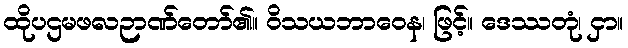
ထိုပဌမဖလဉာဏ်တော်၏။ ဝိသယဘာဝေန၊ ဖြင့်။ ဒေဿတုံ၊ ငှာ။